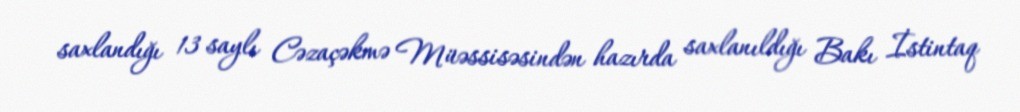
saxlandığı 13 saylı Cəzaçəkmə Müəssisəsindən hazırda saxlanıldığı Bakı İstintaq